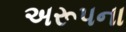
અરૂપના